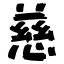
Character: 慈